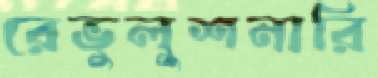
রেভুলুশনারি